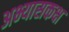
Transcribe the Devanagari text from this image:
अभ्यासकक्ष